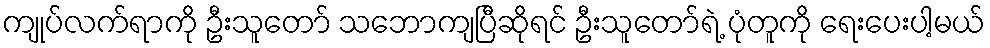
ကျုပ်လက်ရာကို ဦးသူတော် သဘောကျပြီဆိုရင် ဦးသူတော်ရဲ့ ပုံတူကို ရေးပေးပါ့မယ်